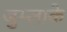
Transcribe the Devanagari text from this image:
जुम्लाके